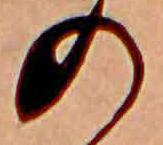
の